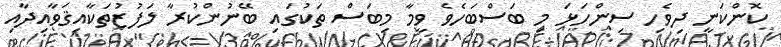
ކޮންކަނީ ދިވެހި ސިންހަޅަ މި ބަސްބަހެވެ ވީމާ މިބަސް ތަކުގައި ބޭނުންކުރާ ލަފުޒުތަކާއިޤަވާއިދާއި